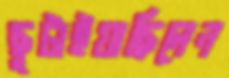
ছুটাইয়াছিলেন